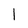
Character: 1